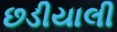
છડીયાલી